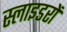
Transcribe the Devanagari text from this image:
स्लाइडरों